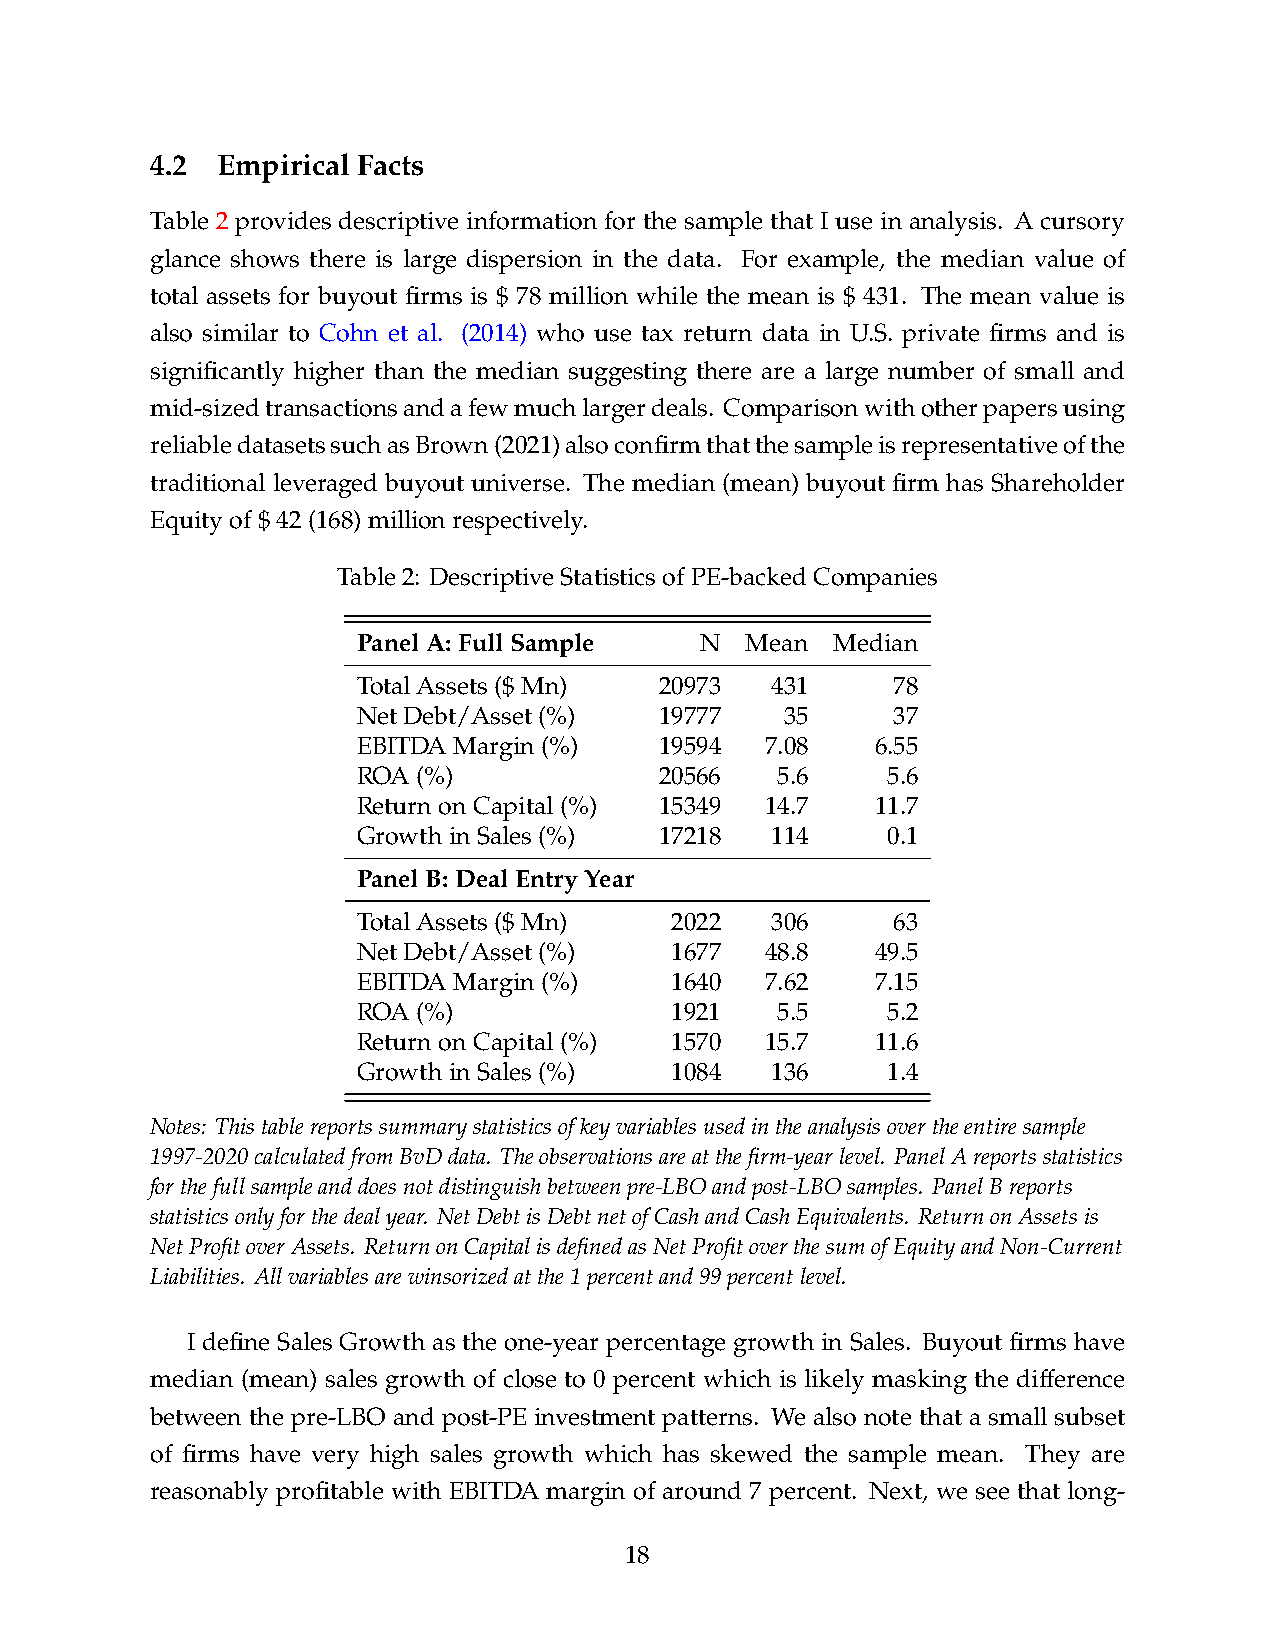
4.2 Empirical Facts
 Table 2 provides descriptive information for the sample that I use in analysis. A cursory
 glance shows there is large dispersion in the data. For example, the median value of
 total assets for buyout firms is $ 78 million while the mean is $ 431. The mean value is
 also similar to Cohn et al. (2014) who use tax return data in U.S. private firms and is
 significantly higher than the median suggesting there are a large number of small and
 mid-sizedtransactionsandafewmuchlargerdeals. Comparisonwithotherpapersusing
 reliabledatasetssuchasBrown(2021)alsoconfirmthatthesampleisrepresentativeofthe
 traditional leveraged buyout universe. The median (mean) buyout firm has Shareholder
 Equityof$42(168)millionrespectively.
 Table2: DescriptiveStatisticsofPE-backedCompanies
 PanelA:FullSample     N  Mean  Median
 TotalAssets($Mn)    20973  431     78
 NetDebt/Asset(%)    19777   35     37
 EBITDAMargin(%)     19594  7.08   6.55
 ROA(%)              20566  5.6     5.6
 ReturnonCapital(%)  15349  14.7   11.7
 GrowthinSales(%)    17218  114     0.1
 PanelB:DealEntryYear
 TotalAssets($Mn)    2022   306     63
 NetDebt/Asset(%)    1677   48.8   49.5
 EBITDAMargin(%)     1640   7.62   7.15
 ROA(%)              1921   5.5     5.2
 ReturnonCapital(%)  1570   15.7   11.6
 GrowthinSales(%)    1084   136     1.4
 Notes: Thistablereportssummarystatisticsofkeyvariablesusedintheanalysisovertheentiresample
 1997-2020calculatedfromBvDdata. Theobservationsareatthefirm-yearlevel. PanelAreportsstatistics
 forthefullsampleanddoesnotdistinguishbetweenpre-LBOandpost-LBOsamples. PanelBreports
 statisticsonlyforthedealyear. NetDebtisDebtnetofCashandCashEquivalents. ReturnonAssetsis
 NetProfitoverAssets. ReturnonCapitalisdefinedasNetProfitoverthesumofEquityandNon-Current
 Liabilities. Allvariablesarewinsorizedatthe1percentand99percentlevel.
 I define Sales Growth as the one-year percentage growth in Sales. Buyout firms have
 median (mean) sales growth of close to 0 percent which is likely masking the difference
 between the pre-LBO and post-PE investment patterns. We also note that a small subset
 of firms have very high sales growth which has skewed the sample mean. They are
 reasonably profitable with EBITDA margin of around 7 percent. Next, we see that long-
 18